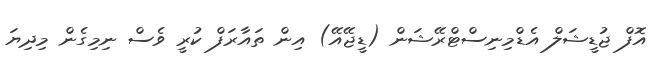
އޮފް ޖުޑީޝަލް އެޑްމިނިސްޓްރޭޝަން (ޑީޖޭއޭ) އިން ތައާރަފް ކުރީ ވެސް ނިމިގެން މިދިޔަ